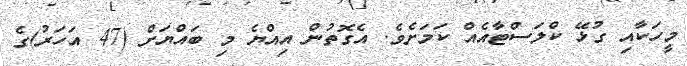
މީހަކާއި ގުޅޭ ކްލަސްޓާއެއް ކަމަށެވެ. އެގޮތުން އިއްޔެ މި ބައްޔަށް (47 އަހަރު)ގެ